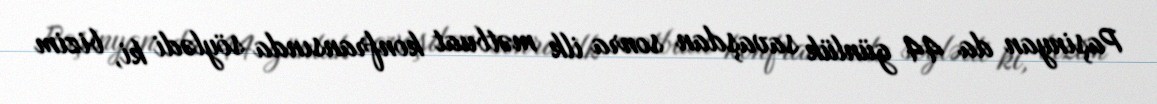
Paşinyan da 44 günlük savaşdan sonra ilk mətbuat konfransında söylədi ki, bizim